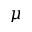
\mu